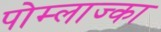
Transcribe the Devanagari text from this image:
पोम्लाज्का